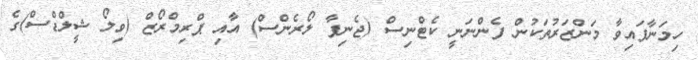
ހިމަނާފައިވާ މަންޒަރުތަކުން ފެންނަނީ ކެޓްނިސް (ޖެނިފާ ލޯރެންސް) އާއި ޕްރިމްރޯޒް (ވިލޯ ޝީލްޑްސް)ގެ